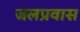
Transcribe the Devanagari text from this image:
जलप्रवास